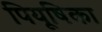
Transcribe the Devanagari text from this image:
पियूषिका